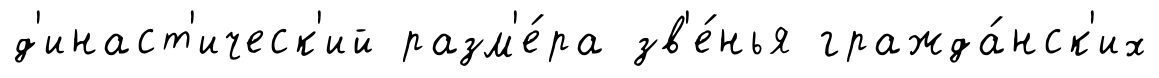
д'инаст'ическ'ий разм'е́ра зв'е́нья гражда́нск'их